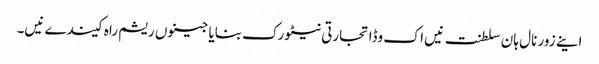
اینے زور نال ہان سلطنت نیں اک وڈا تجارتی نیٹورک بنایا جینوں ریشم راہ کیندے نیں۔